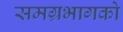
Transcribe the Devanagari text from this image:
समग्रभागको